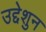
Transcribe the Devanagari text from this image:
उद्देशुन